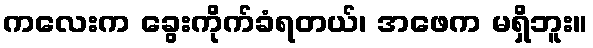
ကလေးက ခွေးကိုက်ခံရတယ်၊ အဖေက မရှိဘူး။